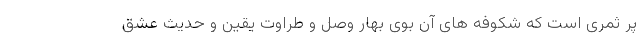
پر ثمری است که شکوفه های آن بوی بهار وصل و طراوت یقین و حدیث عشق